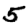
Digit: 5